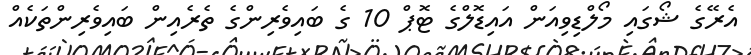
އެރޭގެ ޝޯގައި މޯލްޑިވިއަން އައިޑޮލްގެ ޓޮޕް 10 ގެ ބައިވެރިންގެ ތެރެއިން ބައިވެރިންތަކެއް